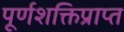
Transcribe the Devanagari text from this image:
पूर्णशक्तिप्राप्त